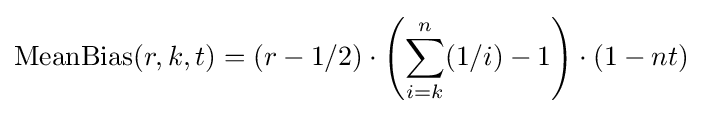
{\text{MeanBias}}(r,k,t)=(r-1/2)\cdot \left(\sum _{i=k}^{n}(1/i)-1\right)\cdot (1-nt)